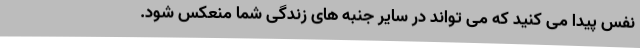
نفس پیدا می کنید که می تواند در سایر جنبه های زندگی شما منعکس شود.